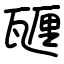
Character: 甅